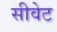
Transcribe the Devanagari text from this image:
सीवेट